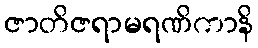
ဇာတိဇရာမရဏိကာနိ